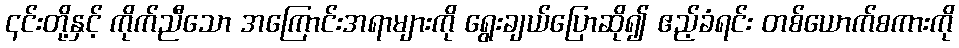
၎င်းတို့နှင့် ကိုက်ညီသော အကြောင်းအရာများကို ရွေးချယ်ပြောဆို၍ ဧည့်ခံရင်း တစ်ယောက်စကားကို